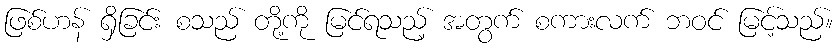
ဖြစ်ဟန် ရှိခြင်း စသည် တို့ကို မြင်ရသည့် အတွက် စကားလက် ဘဝင် မြင့်သည်။